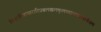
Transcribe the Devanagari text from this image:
विश्वामित्राध्वरारिप्रबलखलकुलध्वान्तबालार्करूप